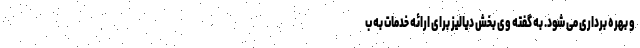
و بهره برداری می شود. به گفته وی بخش دیالیز برای ارائه خدمات به ب